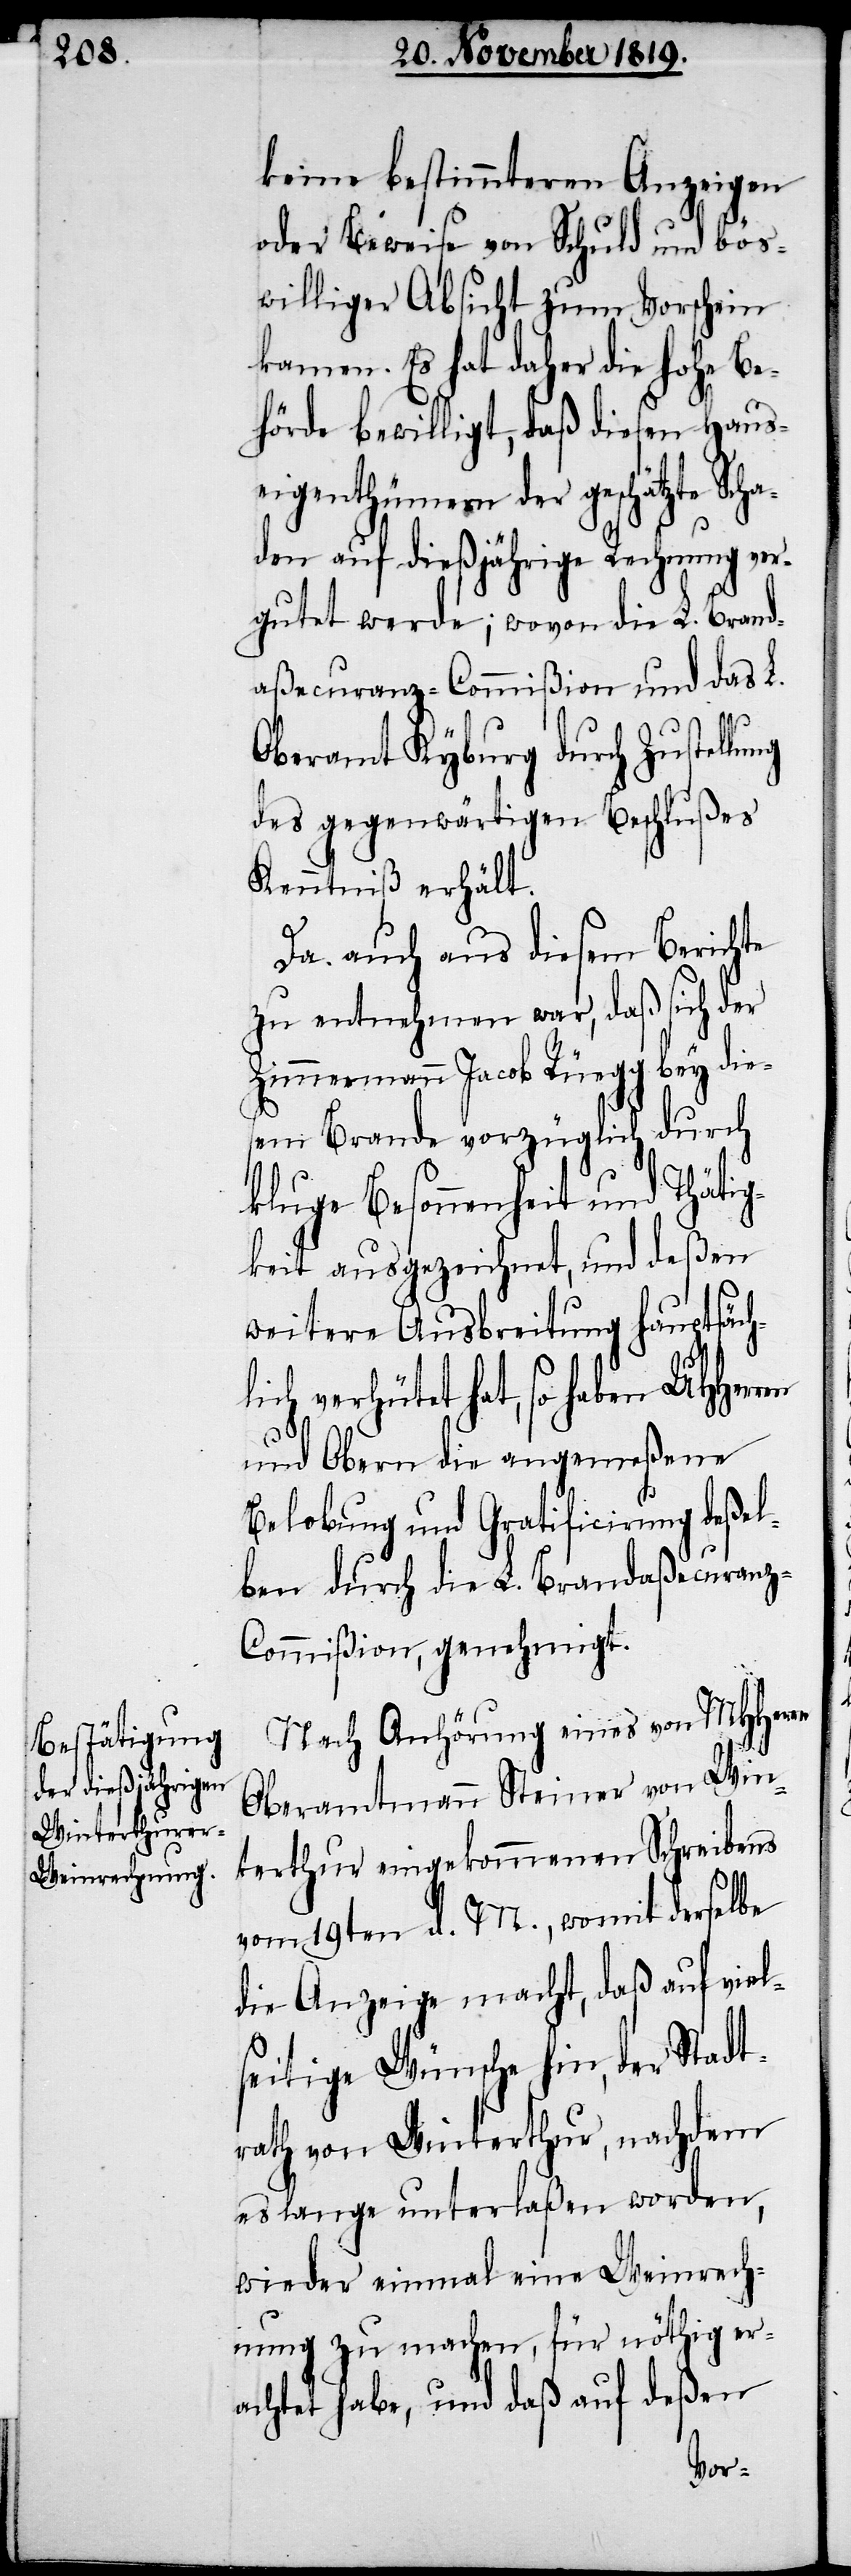
keine bestimmteren Anzeigen
oder Beweise von Schuld und bös¬
williger Absicht zum Vorschein
kamen. Es hat daher die hohe Be¬
hörde bewilligt, daß diesen Haus¬
eigenthümern der geschätzte
den auf dießjährige Rechnung ver¬
gutet werde; wovon die L. Brand¬
aßecuranz-Commißion und das L.
Oberamt Kyburg durch Zustellung
des gegenwärtigen Beschlußes
Kenntniß erhält.
Nach Anhörung eines von MHHerrn
Oberamtmann Steiner von Win¬
terthur eingekommenen Schreibens
vom 19ten d. M., womit derselbe
die Anzeige macht, daß auf viel¬
seitige Wünsche hin, der Stadt¬
rath von Winterthur, nachdem
es lange unterlaßen worden,
wieder einmal eine Weinrech¬
nung zu machen, für nöthig er¬
achtet habe, und daß auf deßen
Scha¬